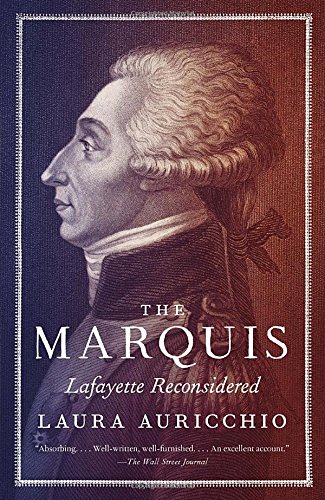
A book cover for The Marquis: Lafayette Reconsidered; Laura Auricchio; History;